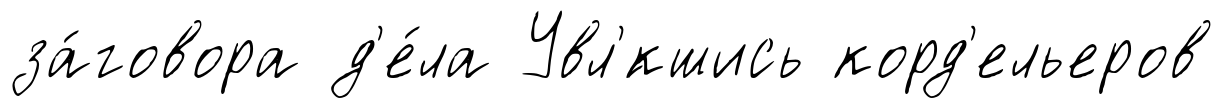
за́говора д'е́ла Увл'́кшись корд'ельеров